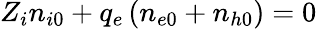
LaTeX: Z_{i}n_{i0}+q_{e}\left(n_{e0}+n_{h0}\right)=0